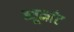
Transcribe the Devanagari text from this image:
ब्यूमांट